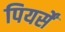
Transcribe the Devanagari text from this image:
पियर्सें